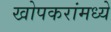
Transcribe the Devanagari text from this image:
खोपकरांमध्ये